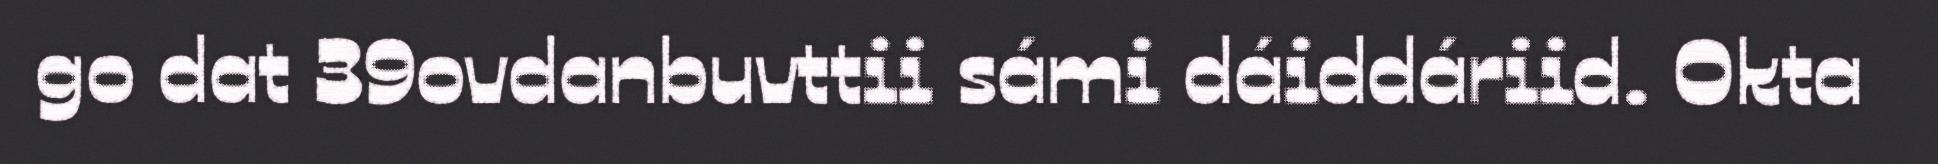
go dat 39ovdanbuvttii sámi dáiddáriid. Okta